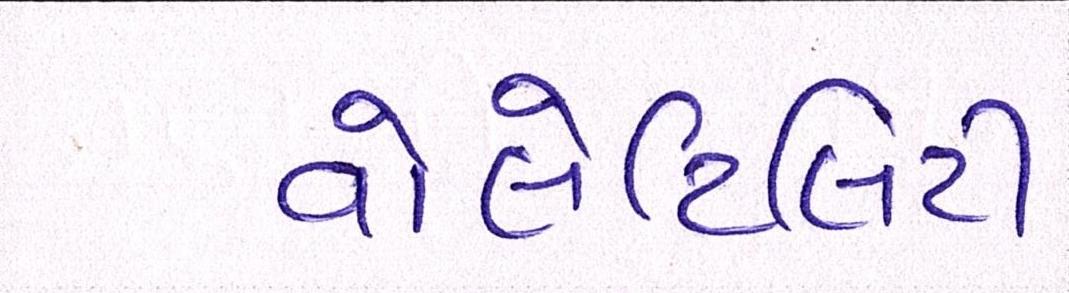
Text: વોલેટિલિટી